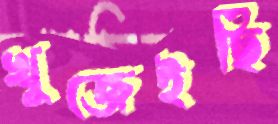
খুজেইছি